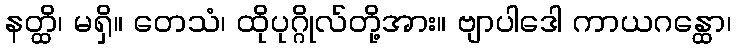
နတ္ထိ၊ မရှိ။ တေသံ၊ ထိုပုဂ္ဂိုလ်တို့အား။ ဗျာပါဒေါ ကာယဂန္ထော၊